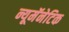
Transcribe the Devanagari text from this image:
न्यूमॅनेटिक